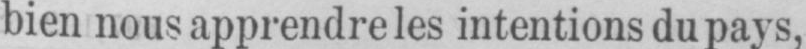
bien nous apprendre les intentions du pays,